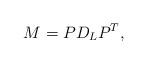
LaTeX: \begin{align*}M=PD_LP^T,\end{align*}